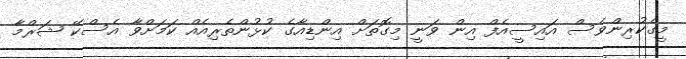
މީގެކުރިންވެސް އައިސީއެފް އިން ވަނީ މިގޮތަށް އިންޑިއާގެ ކުޅުންތެރިއެއް ކަމަށްވާ އެސްކޭ ޝަރްމާ